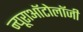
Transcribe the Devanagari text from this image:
न्यूराऑटोलॉजी